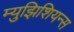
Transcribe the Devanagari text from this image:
म्युझिशियन्स